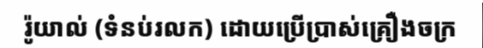
រ៉ូយាល់ (ទំនប់រលក) ដោយប្រើប្រាស់គ្រឿងចក្រ